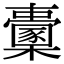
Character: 𣠔